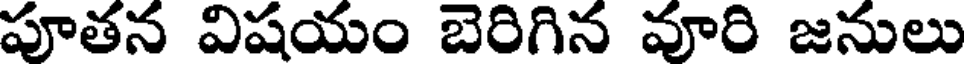
పూతన విషయం బెరిగిన వూరి జనులు